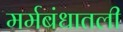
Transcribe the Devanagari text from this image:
मर्मबंधातली